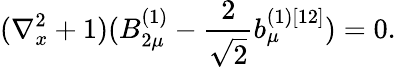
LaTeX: (\nabla_{x}^{2}+1)(B_{2\mu}^{(1)}-\frac{2}{\sqrt{2}}b_{\mu}^{(1)[12]})=0.